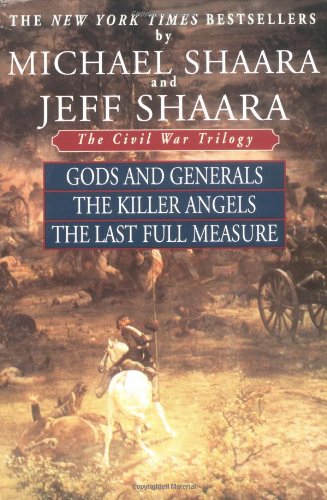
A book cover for The Civil War Trilogy: Gods and Generals / The Killer Angels / The Last Full Measure; Michael Shaara; Literature & Fiction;